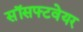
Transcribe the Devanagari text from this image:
सॉसफ्टवेयर